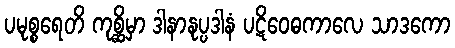
ပမုစ္စရေတိ ကုစ္ဆိမှာ ဒါနာနုပ္ပဒါနံ ပဋိဝေဓကာလေ သာဒကော